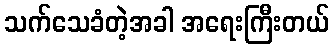
သက်သေခံတဲ့အခါ အရေးကြီးတယ်